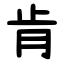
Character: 肯